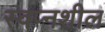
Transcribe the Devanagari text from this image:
स्वप्नशील